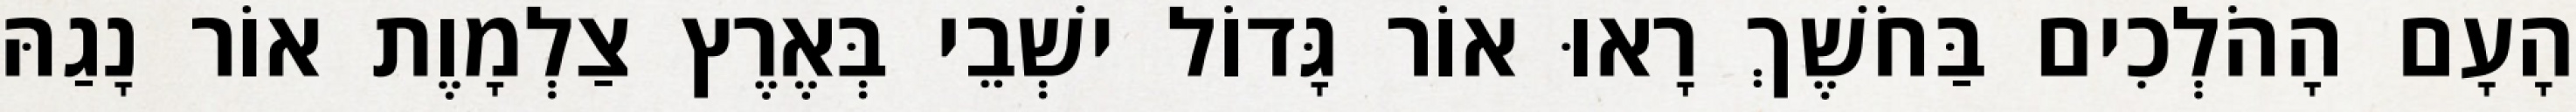
הָעָם הָהֹלְכִים בַּחֹשֶׁךְ רָאוּ אוֹר גָּדוֹל ישְׁבֵי בְּאֶרֶץ צַלְמָוֶת אוֹר נָגַהּ